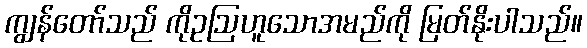
ကျွန်တော်သည် ကိုဥဩဟူသောအမည်ကို မြတ်နိုးပါသည်။